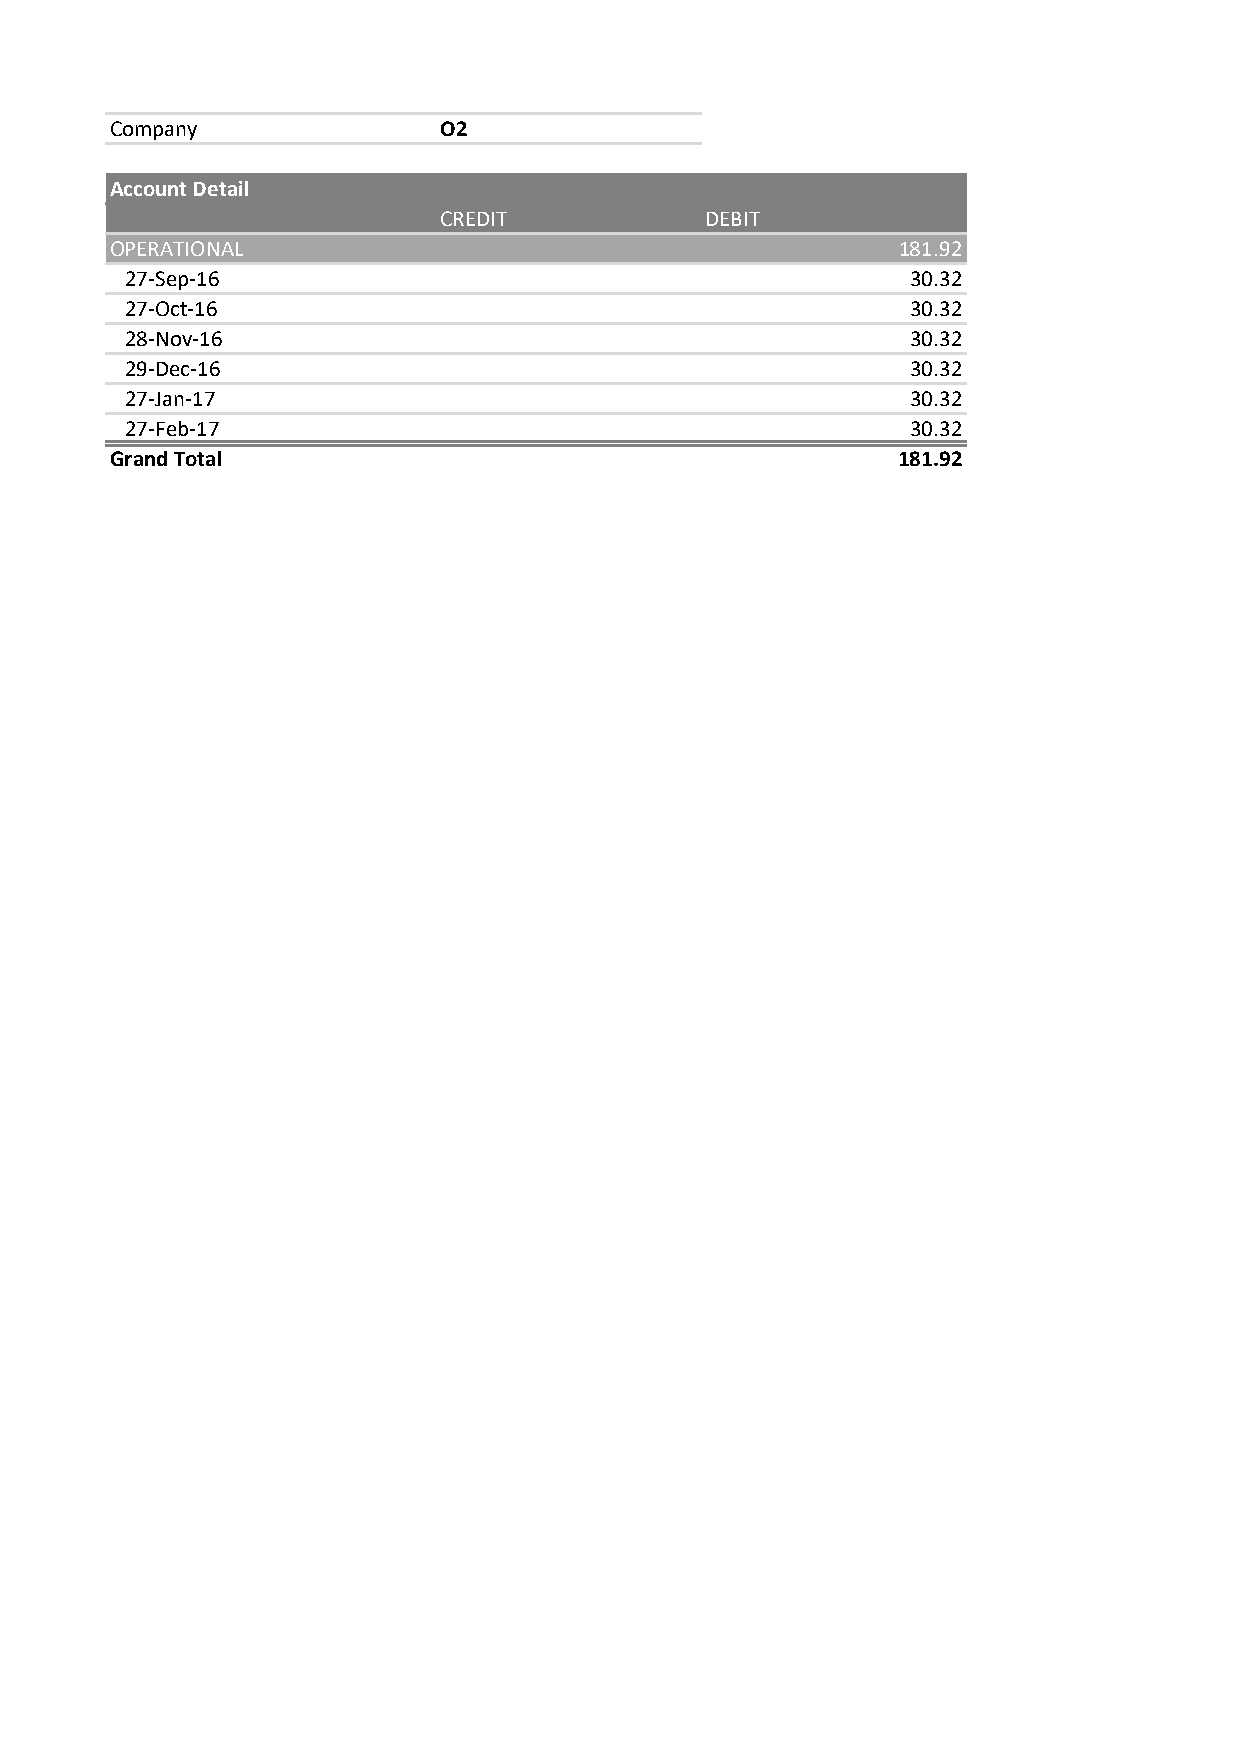
Company               O2
 Account Detail
 CREDIT            DEBIT
 OPERATIONAL                                         181.92
 27-Sep-16                                           30.32
 27-Oct-16                                           30.32
 28-Nov-16                                           30.32
 29-Dec-16                                           30.32
 27-Jan-17                                           30.32
 27-Feb-17                                           30.32
 Grand Total                                         181.92